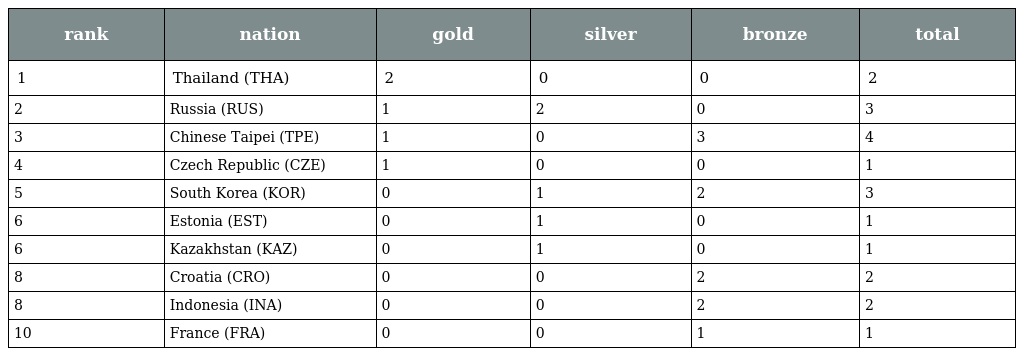
| rank | nation | gold | silver | bronze | total |
 | --- | --- | --- | --- | --- | --- |
 | 1 | Thailand (THA) | 2 | 0 | 0 | 2 |
 | 2 | Russia (RUS) | 1 | 2 | 0 | 3 |
 | 3 | Chinese Taipei (TPE) | 1 | 0 | 3 | 4 |
 | 4 | Czech Republic (CZE) | 1 | 0 | 0 | 1 |
 | 5 | South Korea (KOR) | 0 | 1 | 2 | 3 |
 | 6 | Estonia (EST) | 0 | 1 | 0 | 1 |
 | 6 | Kazakhstan (KAZ) | 0 | 1 | 0 | 1 |
 | 8 | Croatia (CRO) | 0 | 0 | 2 | 2 |
 | 8 | Indonesia (INA) | 0 | 0 | 2 | 2 |
 | 10 | France (FRA) | 0 | 0 | 1 | 1 |